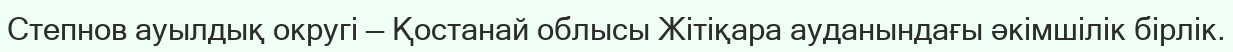
Степнов ауылдық округі — Қостанай облысы Жітіқара ауданындағы әкімшілік бірлік.